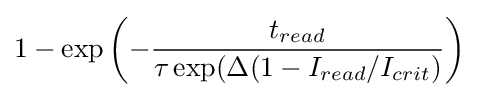
1-\exp \left(-{\frac {t_{read}}{\tau \exp(\Delta (1-I_{read}/I_{crit})}}\right)